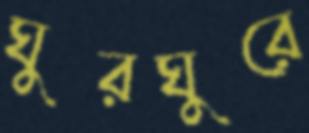
ঘুরঘুরে